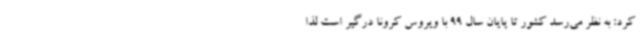
کرد: به نظر می‌رسد کشور تا پایان سال 99 با ویروس کرونا درگیر است لذا